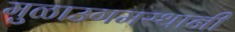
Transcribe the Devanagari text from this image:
मुळाउगमस्थानी